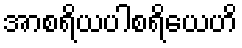
အာစရိယပါစရိယေဟိ